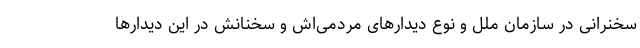
سخنرانی در سازمان ملل و نوع دیدارهای مردمی‌اش و سخنانش در این دیدارها